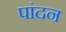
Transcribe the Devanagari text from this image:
पांदन